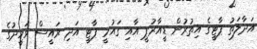
އަދާލަތު ޕާޓީގެ އިތުރުން ޑީއާރުޕީ އާއި ގައުމީ ޕާޓީ އަދި ރައީސް ވަހީދުގެ